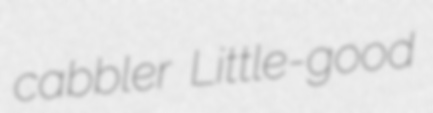
cabbler Little-good